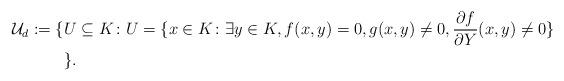
LaTeX: \begin{align*} \mathcal{U}_d := \{ & U \subseteq K \colon U = \{ x \in K \colon \exists y \in K, f(x,y) = 0, g(x,y) \neq 0, \frac{\partial f}{\partial Y}(x,y) \neq 0 \} \\ & \}. \end{align*}